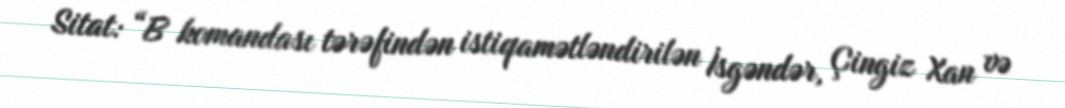
Sitat: “B komandası tərəfindən istiqamətləndirilən İsgəndər, Çingiz Xan və